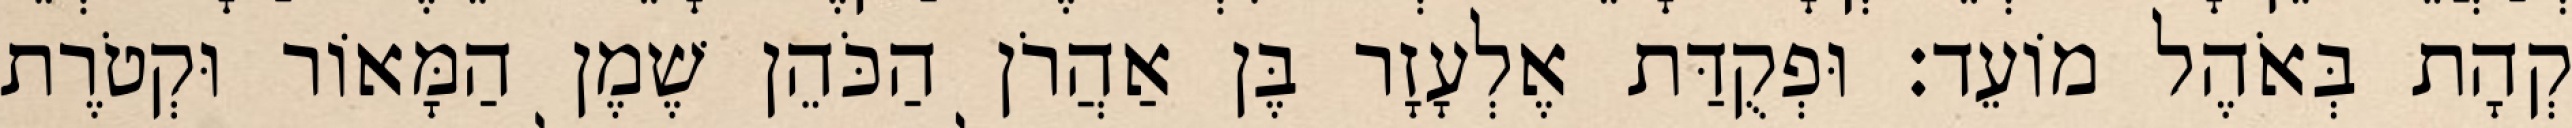
קְהָת בְּאֹהֶל מוֹעֵד׃ וּפְקֻדַּת אֶלְעָזָר בֶּן אַהֲרֹן הַכֹּהֵן שֶׁמֶן הַמָּאוֹר וּקְטֹרֶת